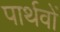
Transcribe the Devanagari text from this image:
पार्थवों